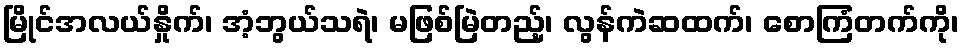
မြိုင်အလယ်နှိုက်၊ အံ့ဘွယ်သရဲ၊ မဖြစ်မြဲတည့်၊ လွန်ကဲဆထက်၊ စောကြံတက်ကို၊